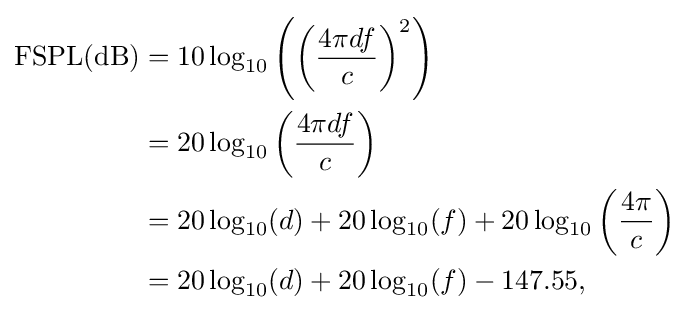
{\begin{aligned}\operatorname {FSPL} ({\text{dB}})&=10\log _{10}\left(\left({\frac {4\pi df}{c}}\right)^{2}\right)\\&=20\log _{10}\left({\frac {4\pi df}{c}}\right)\\&=20\log _{10}(d)+20\log _{10}(f)+20\log _{10}\left({\frac {4\pi }{c}}\right)\\&=20\log _{10}(d)+20\log _{10}(f)-147.55,\end{aligned}}